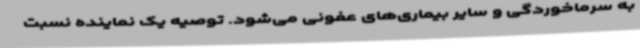
به سرماخوردگی و سایر بیماری‌های عفونی می‌شود. توصیه یک نماینده نسبت